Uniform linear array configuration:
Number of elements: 32
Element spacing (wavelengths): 0.75
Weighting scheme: hann
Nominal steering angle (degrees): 15
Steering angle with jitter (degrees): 13.077
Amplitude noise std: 0.05
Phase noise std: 0.05

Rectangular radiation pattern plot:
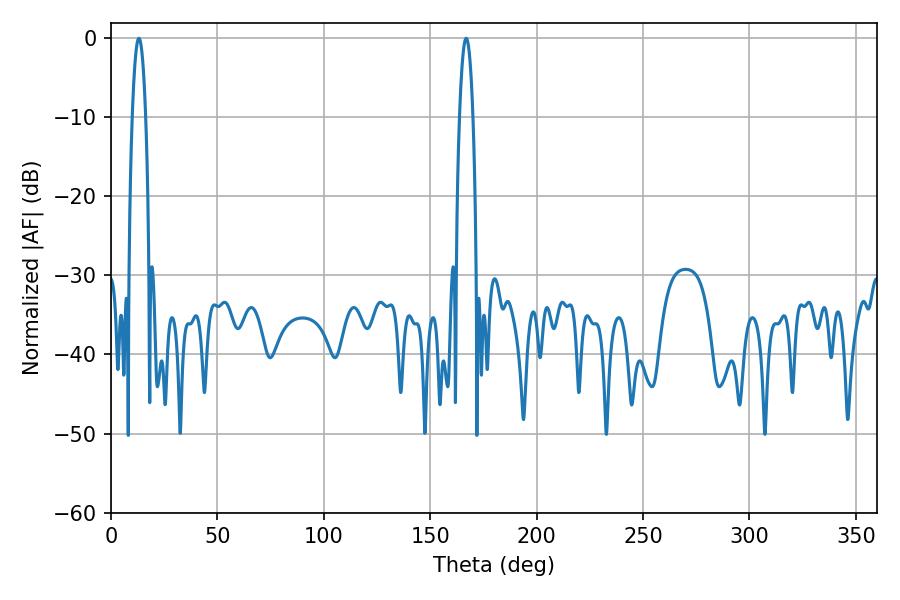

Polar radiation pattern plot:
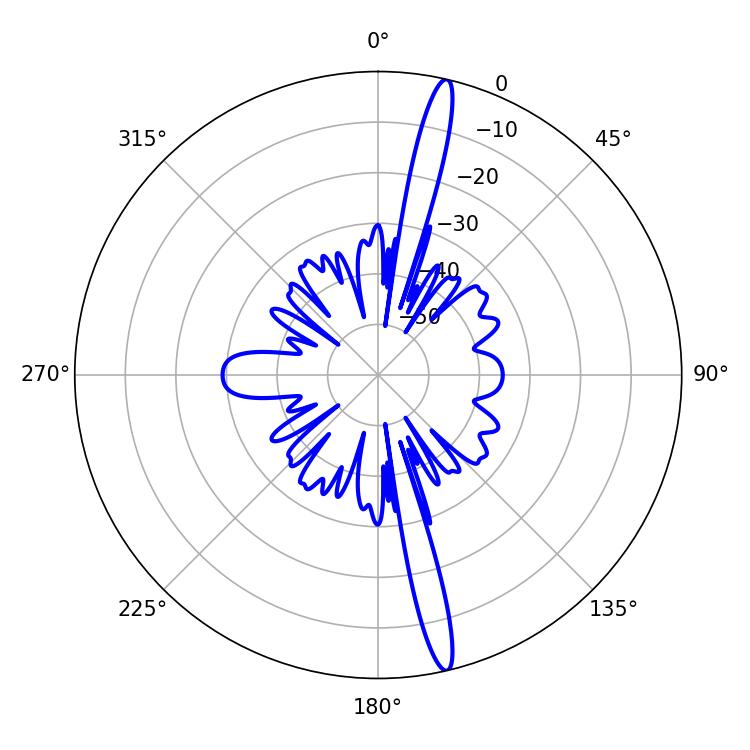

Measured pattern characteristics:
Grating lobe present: TRUE
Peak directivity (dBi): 18.265
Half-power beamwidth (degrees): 3.42
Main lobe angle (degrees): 13.14